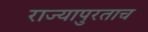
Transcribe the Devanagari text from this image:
राज्यापुरताच